Lunatic asylums Madras 1877-1891 - 1877-1891
Year: 1877
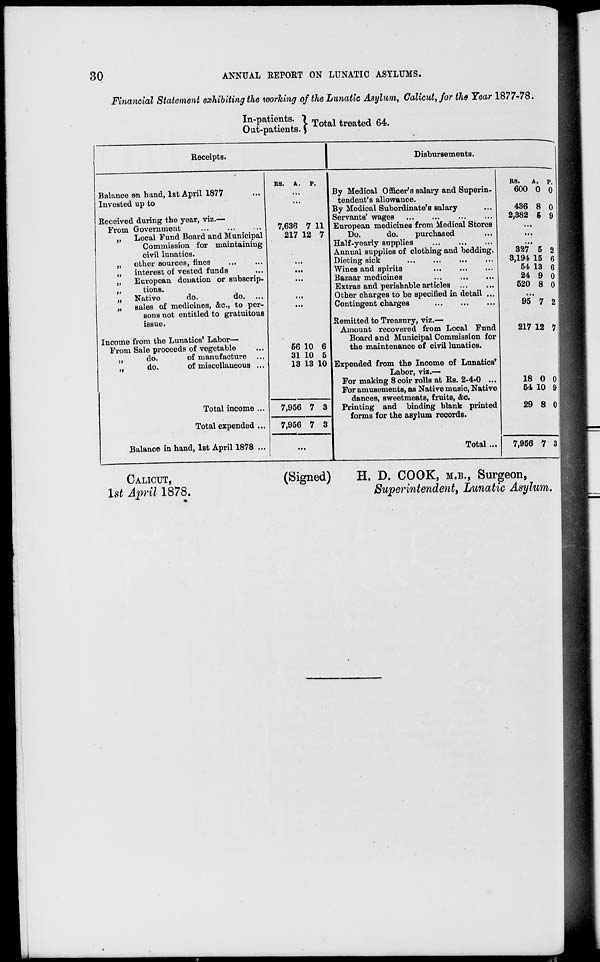
30
ANNUAL REPORT ON LUNATIC ASYLUMS.
Financial Statement exhibiting the working of the Lunatic Asylum, Calicut, for the Year 1877-78.
In-patients.
Out-patients.
Total treated 64.
Receipts.
Balance en hand, 1st April 1877 ...
Invested up to
Received during the year, viz.—
From Government ... ... ...
„
Local Fund Board and Municipal
Commission for maintaining
civil lunatics.
„
other sources, fines ... ...
„
interest of vested funds ...
„
European donation or subscrip-
„
tions.
„
Native
do.
do. ...
„
sales of medicines, &c., to per-
sons not entitled to gratuitous
issue.
Income from the Lunatics' Labor—
From Sale proceeds of vegetable ...
„
do.
of manufacture ...
„
do.
of miscellaneous ...
Total income ...
Total expended ...
Balance in hand, 1st April 1878 ...
RS.
A.
P.
...
...
7,636
217
7
12
11
7
...
...
...
...
...
56
31
13
10
10
13
6
5
10
7,956
7,956
7
7
3
3
...
Disbursements.
By Medical Officer's salary and Superin-
tendent's allowance.
By Medical Subordinate's salary ...
Servants' wages ... ... ... ...
European medicines from Medical Stores
Do.
do.
purchased ...
Half-yearly supplies ... ... ...
Annual supplies of clothing and bedding.
Dieting sick ... ... ...
...
Wines and spirits ... ... ...
Bazaar medicines ... ... ...
Extras and perishable articles ... ...
Other charges to be specified in detail ...
Contingent charges ... ... ...
Remitted to Treasury, viz.—
Amount recovered from Local Fund
Board and Municipal Commission for
the maintenance of civil lunatics.
Expended from the Income of Lunatics'
Labor, viz.—
For making 8 coir rolls at Rs. 2-4-0 ...
For amusements, as Native music, Native
dances, sweetmeats, fruits, &c.
Printing and binding blank printed
forms for the asylum records.
Total ...
RS.
600
436
2,382
A.
0
8
5
P.
0
0
9
...
...
...
327
3,194
54
24
520
5
15
13
9
8
2
6
6
0
0
...
95 7 2
217 12 7
18
54
29
0
10
8
0
9
0
7,956 7 3
CALICUT,
1st April 1878.
(Signed)
H. D. COOK, M.B., Surgeon,
Superintendent, Lunatic Asylum.